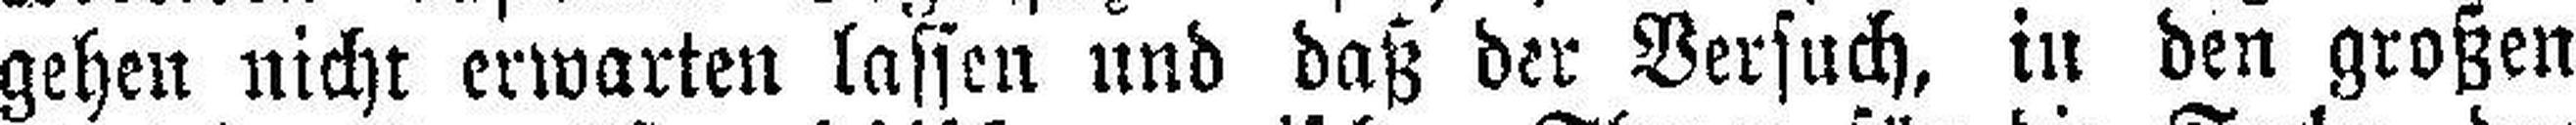
gehen nicht erwarten lassen und daß der Versuch, in den großen